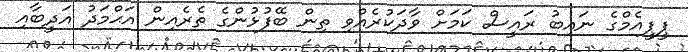
ޕީޕީއެމްގެ ނައިބު ރައީސް ކަމަށް ވާދަކުރެއްވި ތިން ބޭފުޅުންގެ ތެރެއިން އަޙްމަދު އަދީބާއި